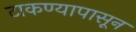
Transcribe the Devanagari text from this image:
टाकण्यापासून